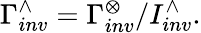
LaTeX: \Gamma_{inv}^{\wedge}=\Gamma_{inv}^{\otimes}/I_{inv}^{\wedge}.